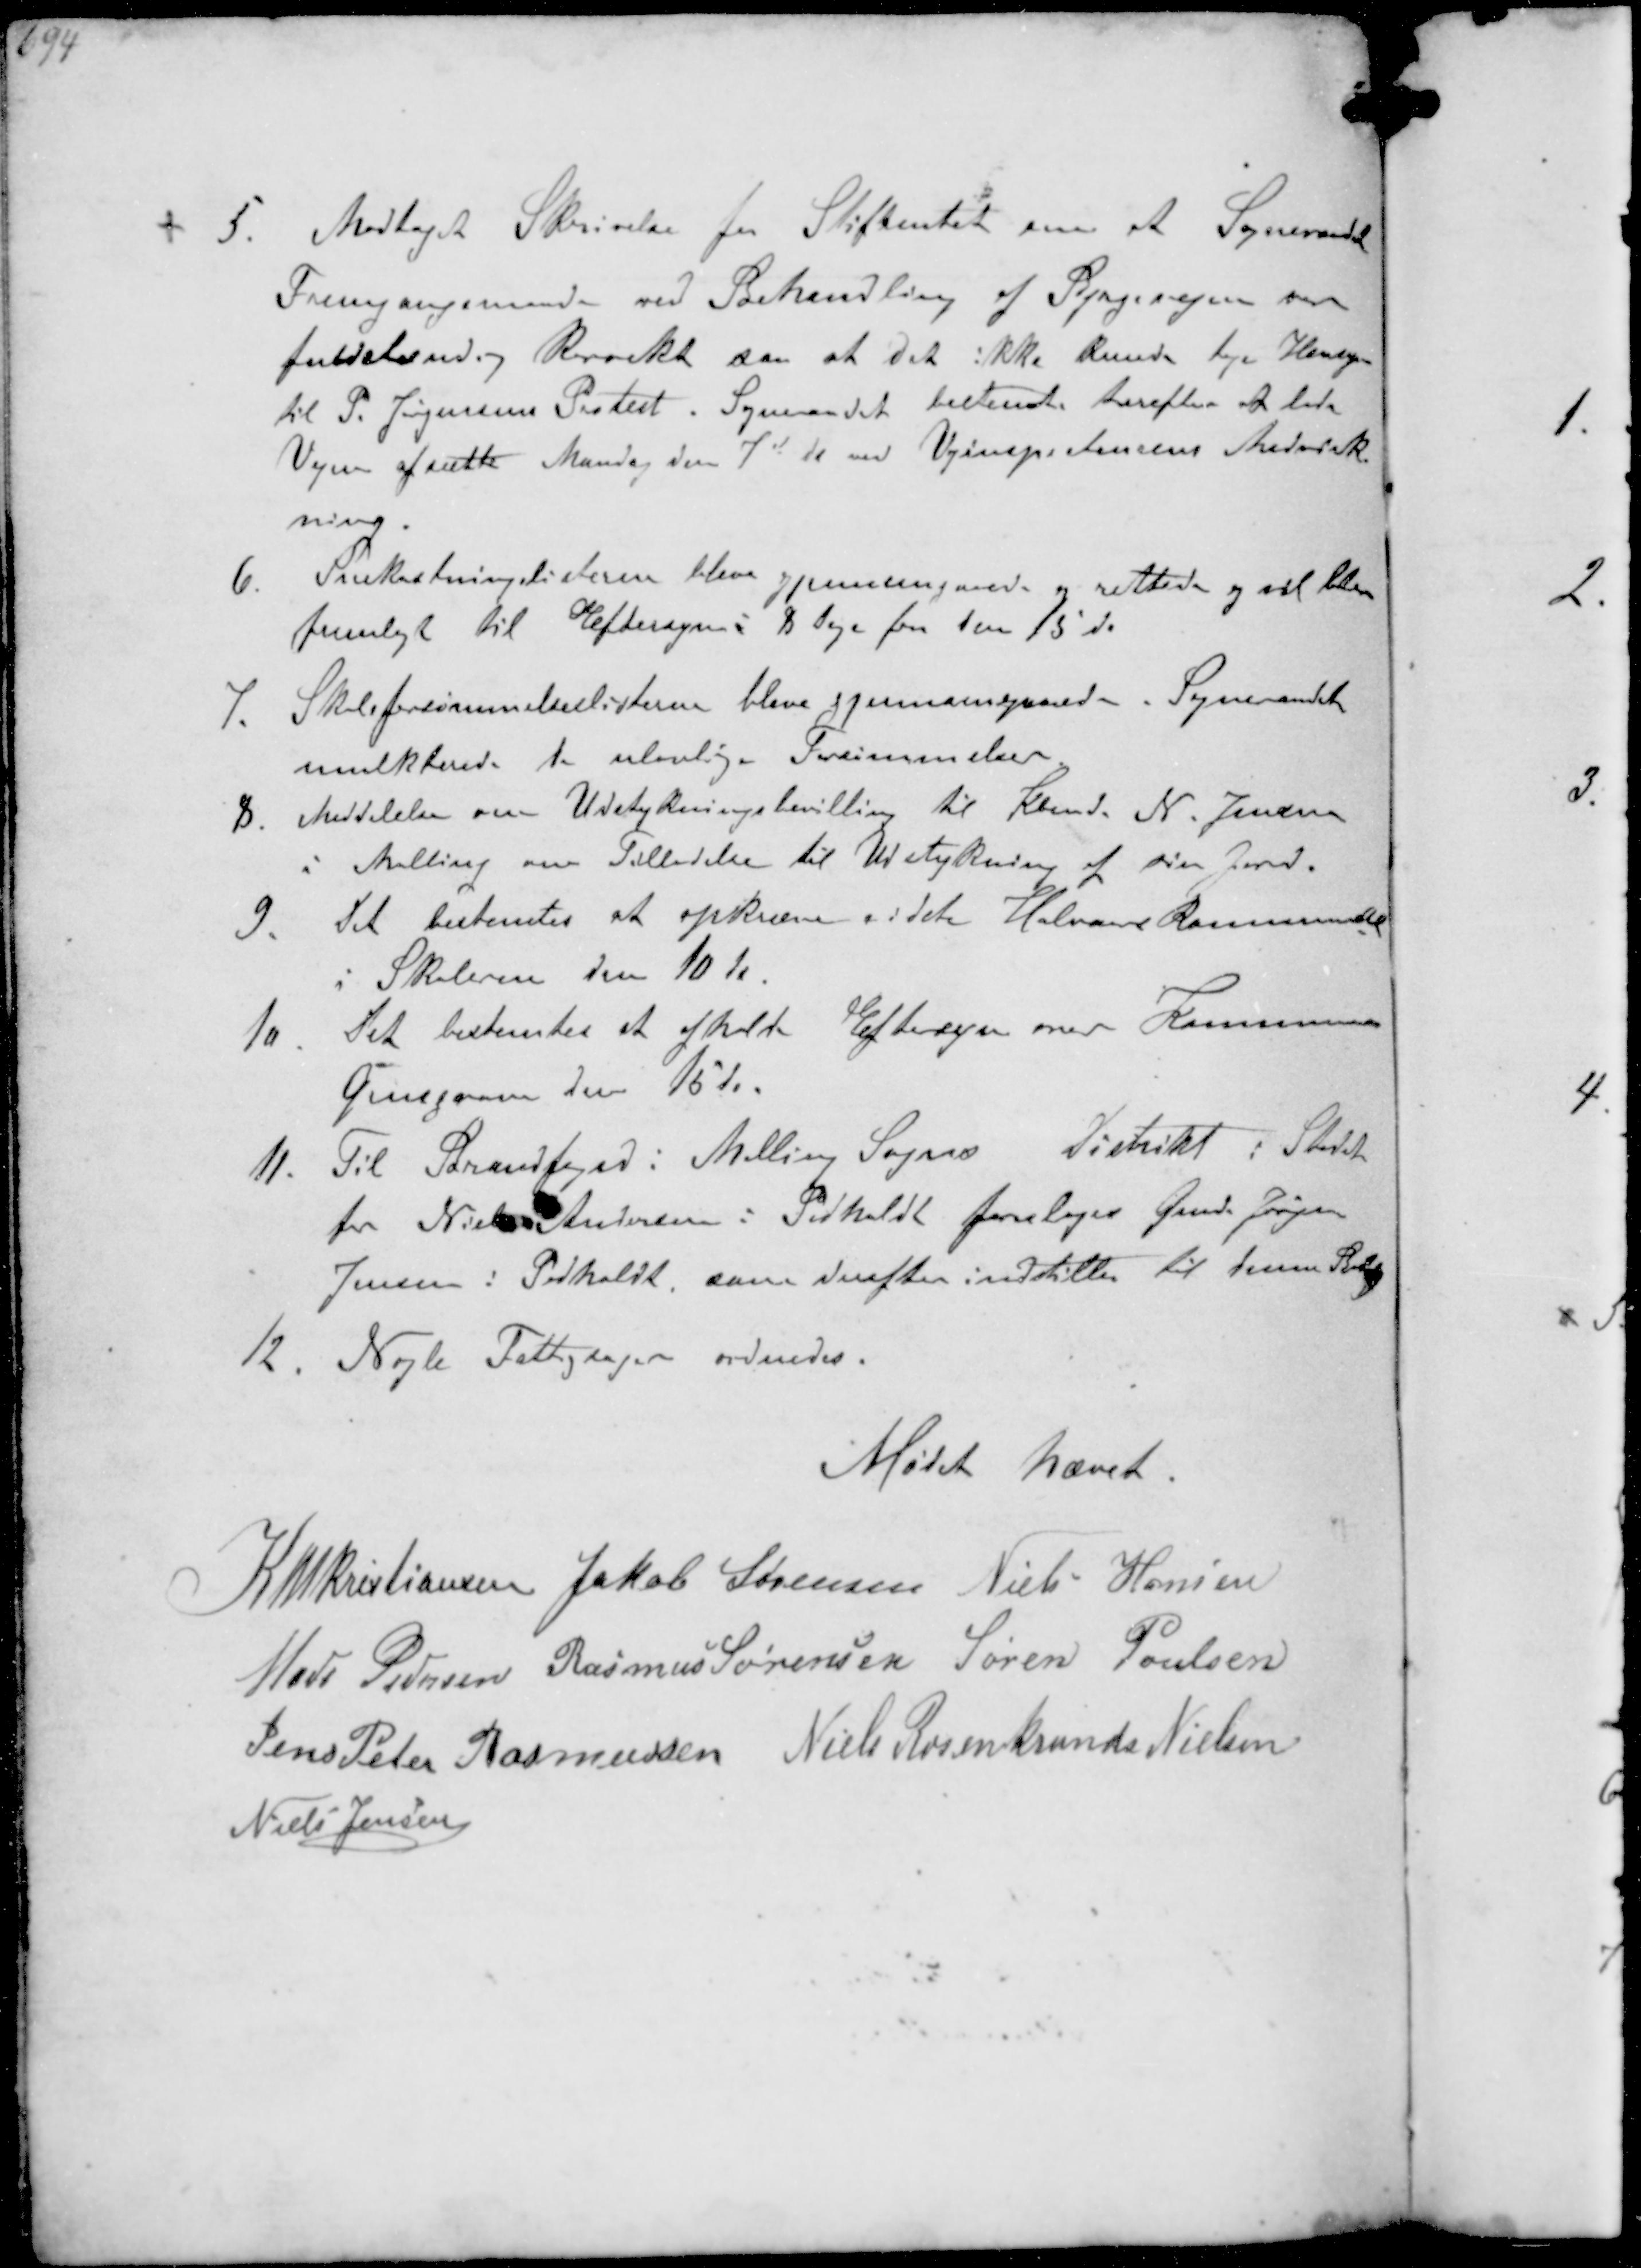
Transskription:
5. Modtaget Skrivelse fra Stiftamtet om at Sogneraadets
Fremgangsmaade ved Behandling af Bjergvejen som
fuldstændig Korrekt saa at det ikke kunde tage Hensyn
til P. Jørgensens Protest. Sogneraadet bestemte herefter at lade
Vejen afsætte Mandag den 7d da med Vejinspektørens Medvirk-
ning
6. Snekastningslisterne blev gjennemgaaede og rettede og vil blev
fremlagt til Eftersyn i 8 Dage fra den 15 ds.
7. Skoleforsømmelseslisterne blive gjennemgaaede Sogneraadet
mulkterede de ulovlige Forsømmelser
8. Meddelelse om Udstykningsbevilling til Kbmd. N. Jensen
i Malling om Tilladelse til Udstykning af sin Jord
9. Det bestemtes at opkræve andet Halvaar Kommuneskat
i Skolerne den 10 ds
10. Det bestemtes at afholde Eftersyn over Kommunens
Grusgrave den 15 ds
11. Til Brandfoged i Malling Sogns distrikt i Stedet
for Niels Andersen i Pedholdt foresloges Gmd. Jørgen
Jens Pedholdt som derefter indstilles til denne 
12. Nogle Fattigsager ordnedes.

Mødet hævet

K N M Kristiansen Jakob Sørensen Niels Hansen
Mads Pedersen Rasmus Sørensen Søren Poulsen
Jens Peter Rasmussen Niels Rosenkrands Nielsen
Niels Jensen